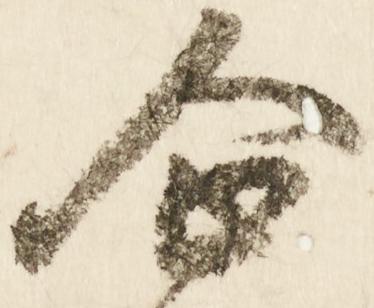
企